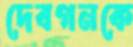
দেবগনকে